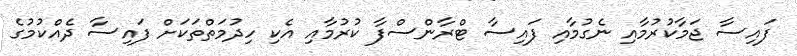
ފައިސާ ޖަމާކުރުމާއި ނެގުމާއި ފައިސާ ޓްރާންސްފާ ކުރުމާއި އެކި ހިދުމަތްތަކަށް ފައިސާ ދެއްކުމުގެ